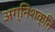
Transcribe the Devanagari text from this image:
अग्निशक्ति